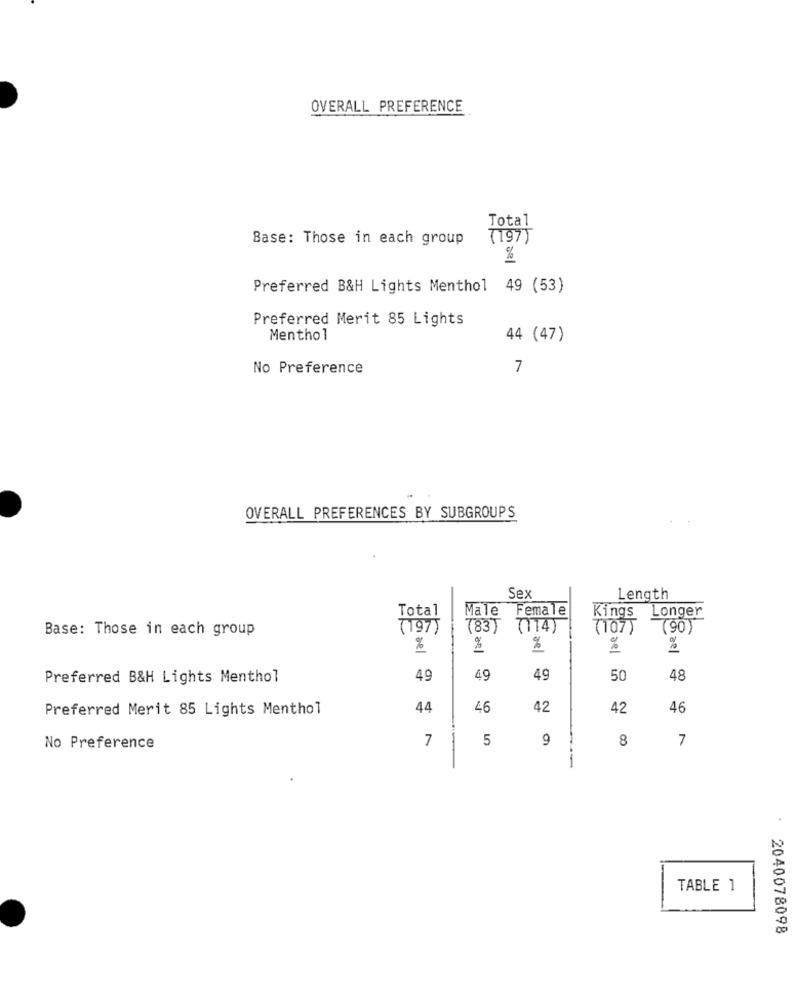
OVERALL PREFERENCE
Total
Base: Those in each group
(197)
%
Preferred B&H Lights Menthol 49 (53)
Preferred Merit 85 Lights
Menthol
44 (47)
No Preference
7
OVERALL PREFERENCES BY SUBGROUPS
Sex
Length
Total
Male
Female
Kings
Longer
Base: Those in each group
(197)
(83)
(714)
(107)
(90)
%
%
%
Preferred B&H Lights Menthol
49
49
49
50
48
Preferred Merit 85 Lights Menthol
44
46
42
42
46
7
5
9
8
7
No Preference
TABLE 1
2040078098